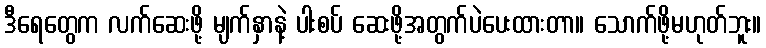
ဒီရေတွေက လက်ဆေးဖို့ မျက်နှာနဲ့ ပါးစပ် ဆေးဖို့အတွက်ပဲပေးထားတာ။ သောက်ဖို့မဟုတ်ဘူး။